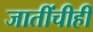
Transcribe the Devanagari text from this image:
जातींचीही